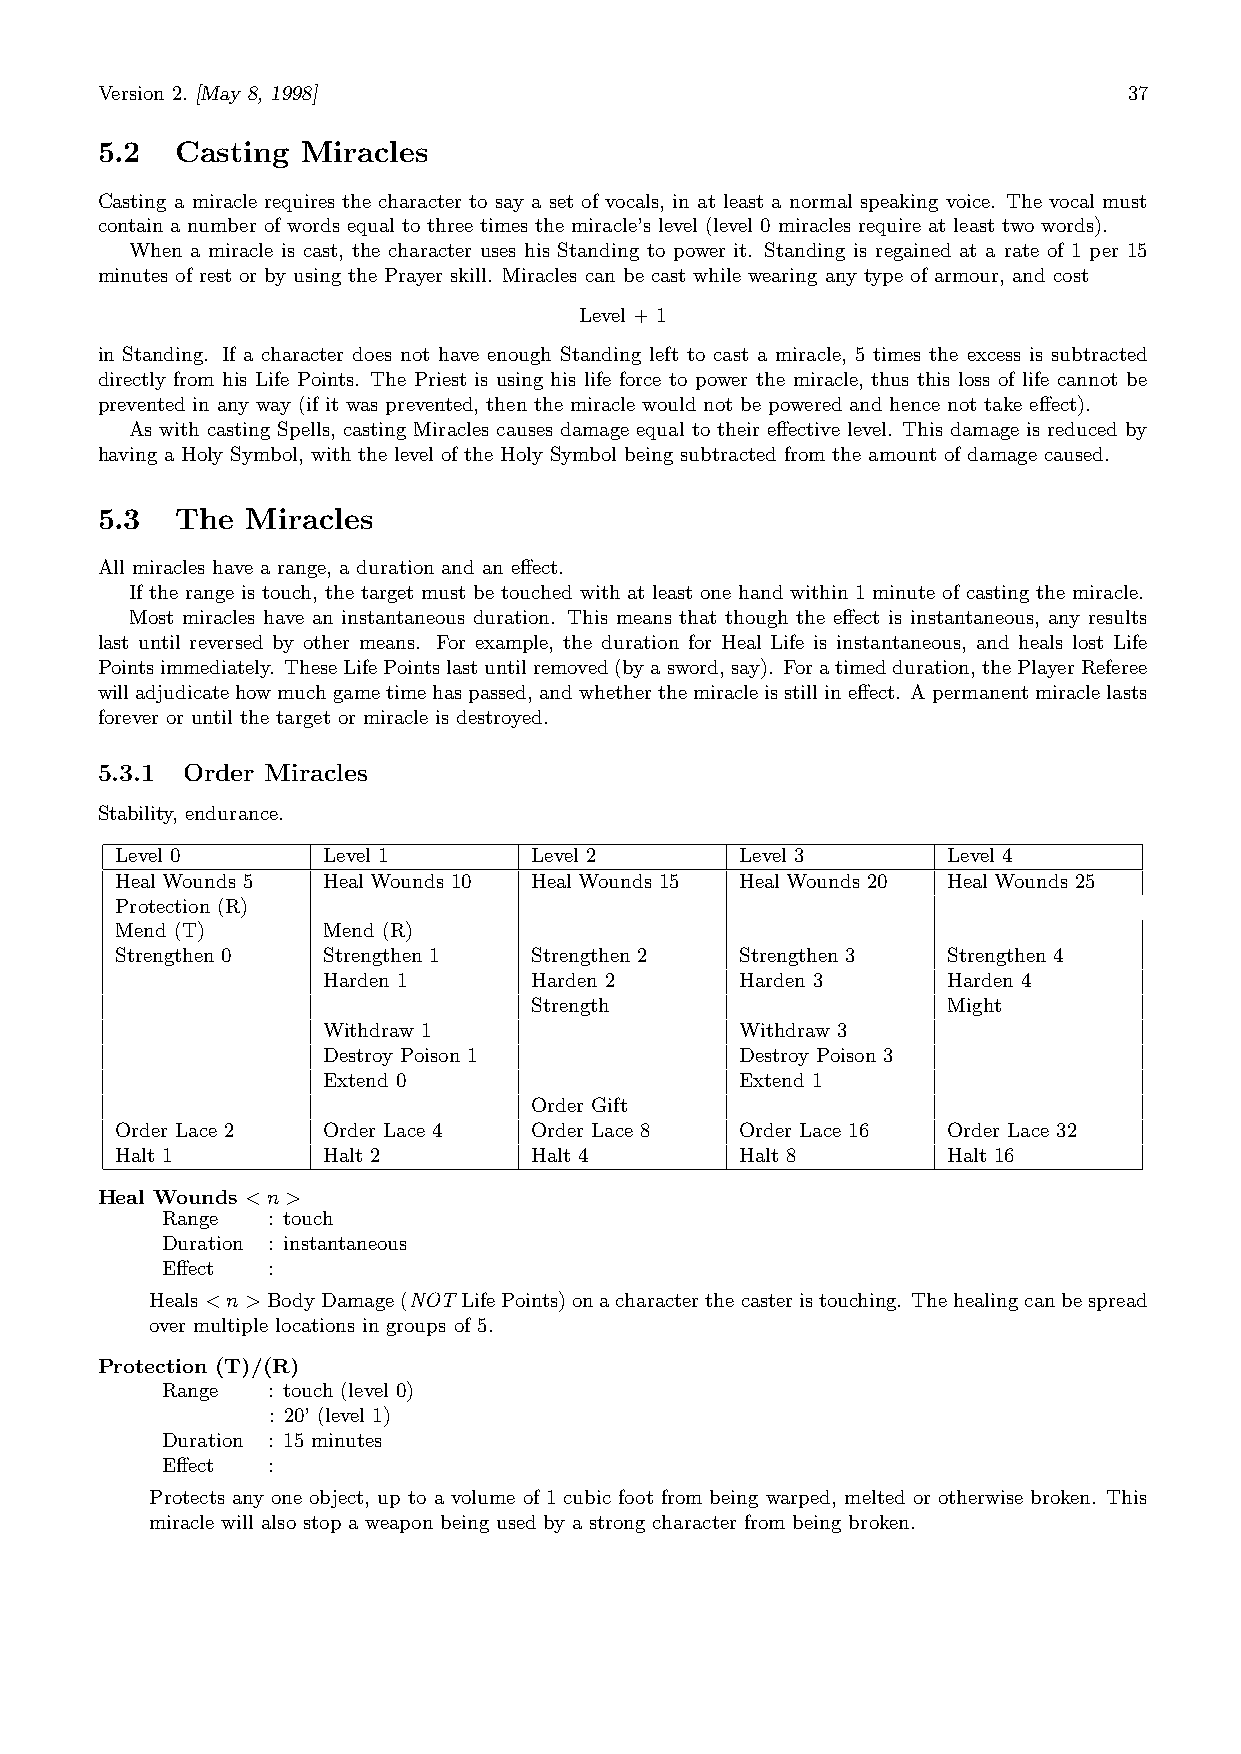
Version 2. [May 8, 1998]                                             37
 5.2   Casting Miracles
 Casting a miracle requires the character to say a set of vocals, in at least a normal speaking voice. The vocal must
 contain a number of words equal to three times the miracle’s level (level 0 miracles require at least two words).
 When a miracle is cast, the character uses his Standing to power it. Standing is regained at a rate of 1 per 15
 minutes of rest or by using the Prayer skill. Miracles can be cast while wearing any type of armour, and cost
 Level + 1
 in Standing. If a character does not have enough Standing left to cast a miracle, 5 times the excess is subtracted
 directly from his Life Points. The Priest is using his life force to power the miracle, thus this loss of life cannot be
 prevented in any way (if it was prevented, then the miracle would not be powered and hence not take effect).
 As with casting Spells, casting Miracles causes damage equal to their effective level. This damage is reduced by
 having a Holy Symbol, with the level of the Holy Symbol being subtracted from the amount of damage caused.
 5.3   The Miracles
 All miracles have a range, a duration and an effect.
 If the range is touch, the target must be touched with at least one hand within 1 minute of casting the miracle.
 Most miracles have an instantaneous duration. This means that though the effect is instantaneous, any results
 last until reversed by other means. For example, the duration for Heal Life is instantaneous, and heals lost Life
 Pointsimmediately. TheseLifePointslastuntilremoved(byasword,say). Foratimedduration,thePlayerReferee
 willadjudicatehowmuchgametimehaspassed,andwhetherthemiracleisstillineffect. Apermanentmiraclelasts
 forever or until the target or miracle is destroyed.
 5.3.1 Order Miracles
 Stability, endurance.
 Level 0      Level 1       Level 2       Level 3       Level 4
 Heal Wounds 5 Heal Wounds 10 Heal Wounds 15 Heal Wounds 20 Heal Wounds 25
 Protection (R)
 Mend (T)     Mend (R)
 Strengthen 0 Strengthen 1  Strengthen 2  Strengthen 3  Strengthen 4
 Harden 1      Harden 2      Harden 3      Harden 4
 Strength                    Might
 Withdraw 1                  Withdraw 3
 Destroy Poison 1            Destroy Poison 3
 Extend 0                    Extend 1
 Order Gift
 Order Lace 2 Order Lace 4  Order Lace 8  Order Lace 16 Order Lace 32
 Halt 1       Halt 2        Halt 4        Halt 8        Halt 16
 Heal Wounds <n>
 Range  : touch
 Duration : instantaneous
 Effect :
 Heals<n>BodyDamage(NOTLifePoints)onacharacterthecasteristouching. Thehealingcanbespread
 over multiple locations in groups of 5.
 Protection (T)/(R)
 Range  : touch (level 0)
 : 20’ (level 1)
 Duration : 15 minutes
 Effect :
 Protects any one object, up to a volume of 1 cubic foot from being warped, melted or otherwise broken. This
 miracle will also stop a weapon being used by a strong character from being broken.